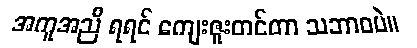
အကူအညီ ရရင် ကျေးဇူးတင်တာ သဘာဝပဲ။